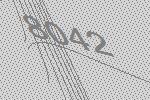
8042